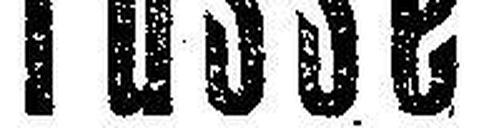
Füsse